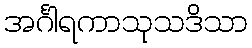
အင်္ဂါရကာသုသဒိသာ